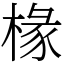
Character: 椽